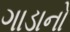
ગાડાનો